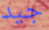
جيد